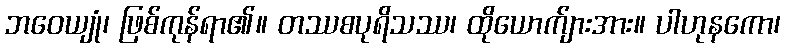
ဘဝေယျုံ၊ ဖြစ်ကုန်ရာ၏။ တဿစပုရိသဿ၊ ထိုယောက်ျားအား။ ပါဟုနကော၊